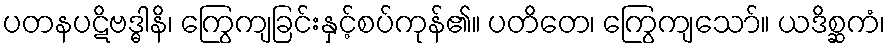
ပတနပဋိဗဒ္ဓါနိ၊ ကြွေကျခြင်းနှင့်စပ်ကုန်၏။ ပတိတေ၊ ကြွေကျသော်။ ယဒိစ္ဆကံ၊